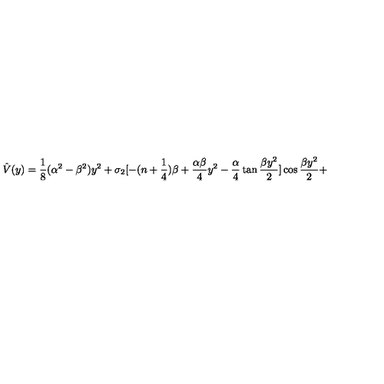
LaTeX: \hat { V } ( y ) = { \frac { 1 } { 8 } } ( \alpha ^ { 2 } - \beta ^ { 2 } ) y ^ { 2 } + \sigma _ { 2 } [ - ( n + { \frac { 1 } { 4 } } ) \beta + { \frac { \alpha \beta } { 4 } } y ^ { 2 } - { \frac { \alpha } { 4 } } \tan { \frac { \beta y ^ { 2 } } { 2 } } ] \cos { \frac { \beta y ^ { 2 } } { 2 } } +